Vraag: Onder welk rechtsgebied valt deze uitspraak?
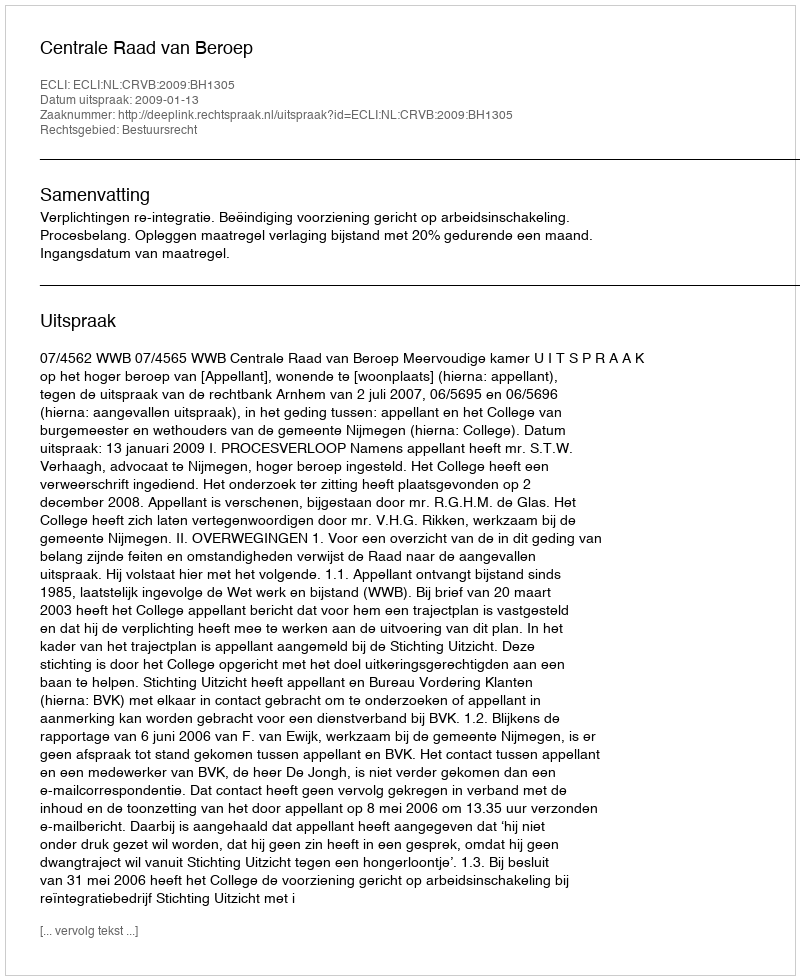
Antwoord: Bestuursrecht